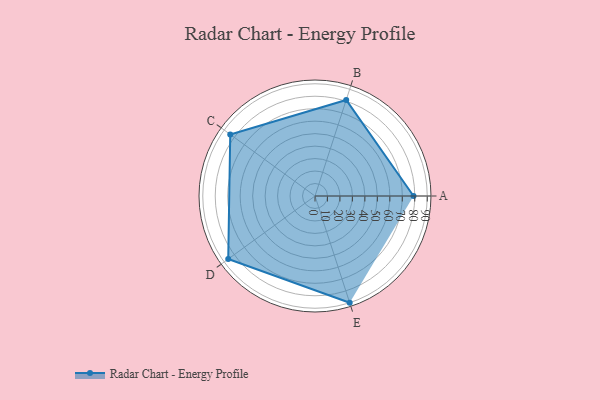
{"axis": {"x": "Skill", "y": "Score"}, "legend": ["Profile"], "data": [{"x": "A", "y": 79.0, "type": "Profile"}, {"x": "B", "y": 81.0, "type": "Profile"}, {"x": "C", "y": 84.0, "type": "Profile"}, {"x": "D", "y": 86.0, "type": "Profile"}, {"x": "E", "y": 90.0, "type": "Profile"}]}